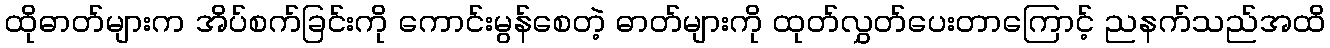
ထိုဓာတ်များက အိပ်စက်ခြင်းကို ကောင်းမွန်စေတဲ့ ဓာတ်များကို ထုတ်လွှတ်ပေးတာကြောင့် ညနက်သည်အထိ